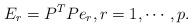
LaTeX: \begin{align*} E_r= P^{T}Pe_r,r=1,\cdots, p.\end{align*}